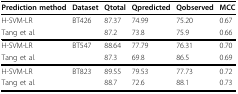
<table><thead><tr><td><b>Prediction method</b></td><td><b>Dataset</b></td><td><b>Qtotal</b></td><td><b>Qpredicted</b></td><td><b>Qobserved</b></td><td><b>MCC</b></td></tr></thead><tbody><tr><td>H-SVM-LR</td><td>BT426</td><td>87.37</td><td>74.99</td><td>75.20</td><td>0.67</td></tr><tr><td>Tang et al.</td><td>[EMPTY_CELL]</td><td>87.2</td><td>73.8</td><td>75.9</td><td>0.66</td></tr><tr><td>H-SVM-LR</td><td>BT547</td><td>88.64</td><td>77.79</td><td>76.31</td><td>0.70</td></tr><tr><td>Tang et al.</td><td>[EMPTY_CELL]</td><td>87.3</td><td>69.8</td><td>86.5</td><td>0.69</td></tr><tr><td>H-SVM-LR</td><td>BT823</td><td>89.55</td><td>79.53</td><td>77.73</td><td>0.72</td></tr><tr><td>Tang et al.</td><td>[EMPTY_CELL]</td><td>88.7</td><td>72.6</td><td>88.1</td><td>0.73</td></tr></tbody></table>